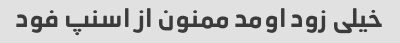
خیلی زود اومد ممنون از اسنپ فود